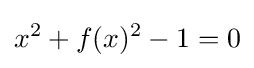
x^{2}+f(x)^{2}-1=0